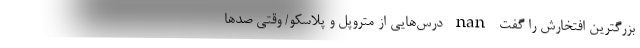
بزرگترین افتخارش را گفت nan درس‌هایی از متروپل و پلاسکو/ وقتی‌ صدها